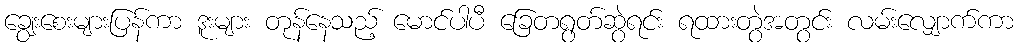
ချွေးစေးများပြန်ကာ ဒူးများ တုန်နေသည့် မောင်ပါပီ ခြေတရွတ်ဆွဲရင်း ရထားတွဲအတွင်း လမ်းလျှောက်ကာ